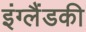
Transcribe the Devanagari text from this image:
इंग्लैंडकी